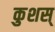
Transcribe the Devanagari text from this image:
कुशस्